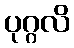
ပုဂ္ဂလိ